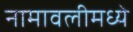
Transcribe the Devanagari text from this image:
नामावलीमध्ये